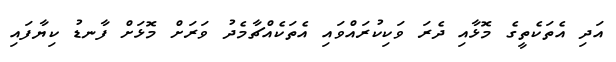
އަދި އެތަކެތީގެ މޮޅާއި ދެރަ ވަކިކުރައްވައި އެތަކެއްޗާމެދު ވަރަށް މޮޅަށް ފާނޑު ކިޔާފައި